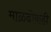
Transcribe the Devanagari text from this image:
माळढोकही